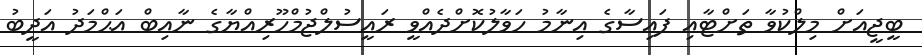
ބީޖީއަށް މިލްކުވާ ތަށްޓާއި ފައިސާގެ އިނާމު ހަވާލުކޮށްދެއްވީ ރައީސުލްޖުމްހޫރިއްޔާގެ ނާއިބް އަޙްމަދު އަދީބު